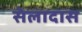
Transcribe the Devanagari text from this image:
सेलादास